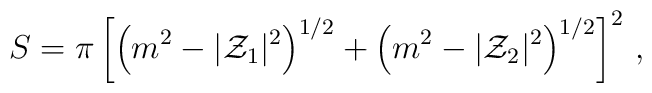
S=\pi \left[ \left(m^{2}-|{\cal Z}_{1}|^{2}\right)^{1/2}+ \left(m^{2}-|{\cal Z}_{2}|^{2}\right)^{1/2}\right]^{2}\, ,